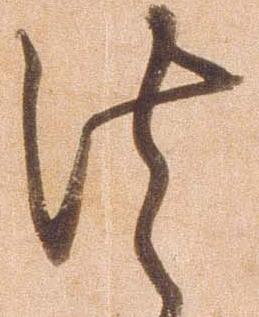
法